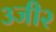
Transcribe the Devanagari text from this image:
३जी२